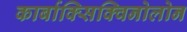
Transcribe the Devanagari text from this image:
कार्बाक्सिक्विनोलोन